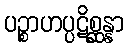
ပဉ္စာဟပ္ပဋိစ္ဆန္နာ